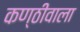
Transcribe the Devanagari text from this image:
कण्ठीवाला